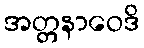
အတ္တနာဝေဒိ